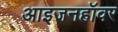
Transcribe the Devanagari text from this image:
आइजनहॉवर